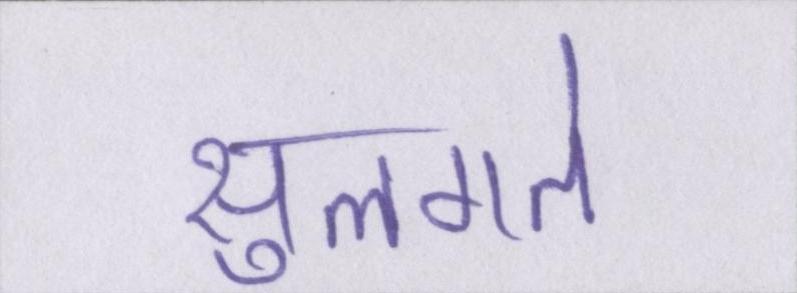
सुलगते